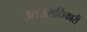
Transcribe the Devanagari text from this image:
उततराधिकारी